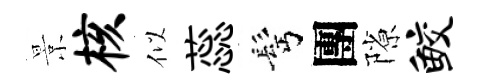
景核似蕊髩團隙鲛